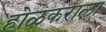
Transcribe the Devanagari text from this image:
होळकराला